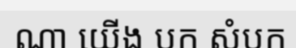
ណា យើង បក សំបក